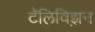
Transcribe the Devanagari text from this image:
टॅलिविझ़न